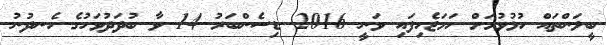
ބީލަންތައް ހުޅުވުމަށް ހަމަޖެހިފައި ވަނީ 2016 ޑިސެންބަރު 14 ވާ ބުދަދުވަހުގެ ހެނދުނު